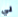
لي